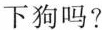
下狗吗?